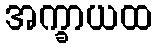
အက္ခာယထ